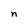
Character: n